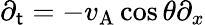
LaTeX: \partial_{\mathsf{t}}=-v_{\mathrm{{A}}}\cos\theta\partial_{x}